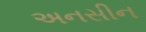
અનસીન